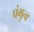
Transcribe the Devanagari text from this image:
पंगुत्व